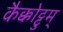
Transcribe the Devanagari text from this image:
कैक्कोट्टुम्